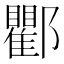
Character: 𨟠